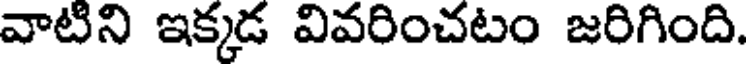
వాటిని ఇక్కడ వివరించటం జరిగింది.